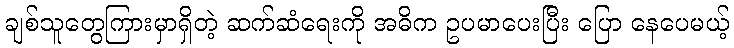
ချစ်သူတွေကြားမှာရှိတဲ့ ဆက်ဆံရေးကို အဓိက ဥပမာပေးပြီး ပြော နေပေမယ့်